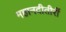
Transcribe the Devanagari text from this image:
महानदीतीरीं